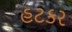
હટકર